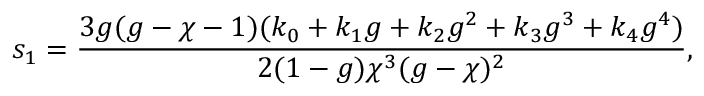
s _ { 1 } = \frac { 3 g ( g - \chi - 1 ) ( k _ { 0 } + k _ { 1 } g + k _ { 2 } g ^ { 2 } + k _ { 3 } g ^ { 3 } + k _ { 4 } g ^ { 4 } ) } { 2 ( 1 - g ) \chi ^ { 3 } ( g - \chi ) ^ { 2 } } ,